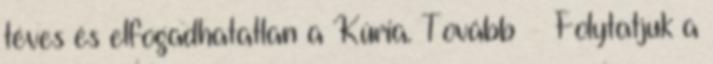
téves és elfogadhatatlan a Kúria. Tovább › ›Folytatjuk a